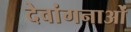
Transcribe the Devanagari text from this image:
देवांगनाओं